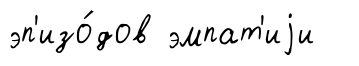
эп'изо́дов эмпат'иjи